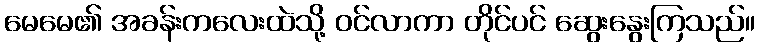
မေမေ၏ အခန်းကလေးထဲသို့ ဝင်လာကာ တိုင်ပင် ဆွေးနွေးကြသည်။